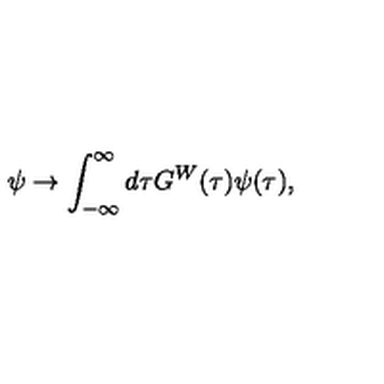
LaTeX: \psi \to \int _ { - \infty } ^ { \infty } d \tau G ^ { W } ( \tau ) \psi ( \tau ) ,